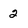
Character: 2